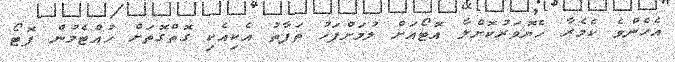
އެހެންވެ ކެމެރާ ހެޔޮވަރުކޮށްލާ އޮޓޯއަށް ލުމަށްފަހު ތަފާތު އެކިއެކި ގޮތްގޮތަށް ހުއްޓެމުން ފޮޓޯ